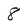
Character: 8